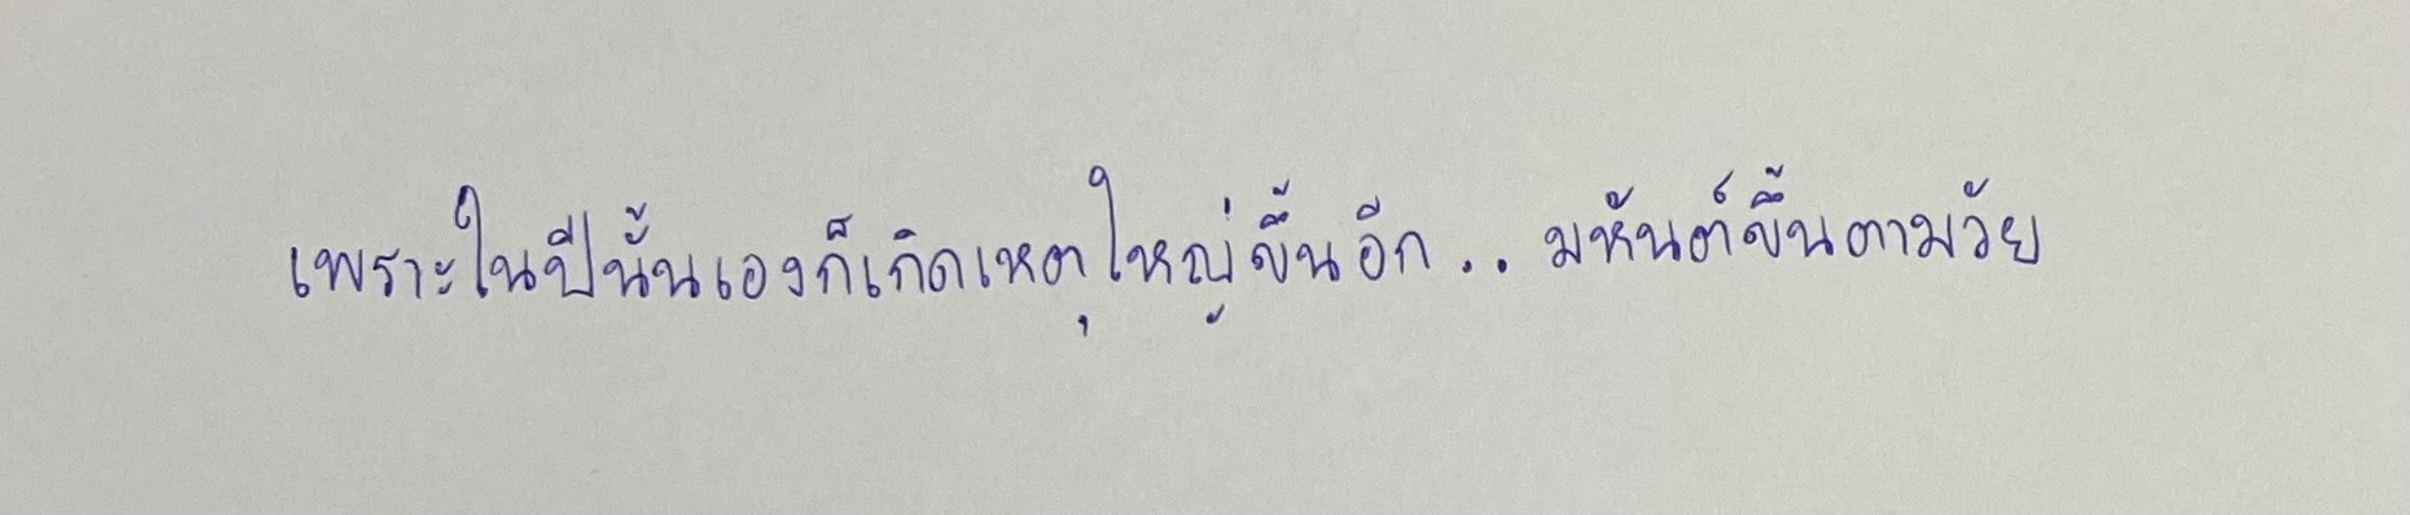
เพราะในปีนั้นเองก็เกิดเหตุใหญ่ขึ้นอีก..มหันต์ขึ้นตามวัย